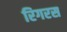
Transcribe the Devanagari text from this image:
रिगरस